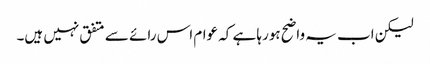
لیکن اب یہ واضح ہورہا ہے کہ عوام اس رائے سے متفق نہیں ہیں۔